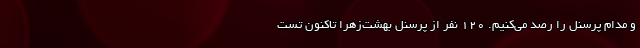
و مدام پرسنل را رصد می‌کنیم. ۱۲۰ نفر از پرسنل بهشت‌زهرا تاکنون تست